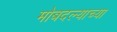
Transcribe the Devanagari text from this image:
मोबदल्याच्या